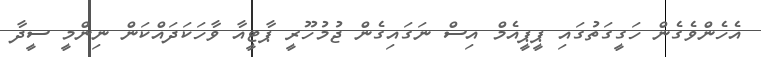
އެހެންވެގެން ހަގީގަތުގައި ޕީޕީއެމް އިސް ނަގައިގެން ޖުމުހޫރީ ޕާޓީއާ ވާހަކަދައްކަން ނިންމީ ސީދާ